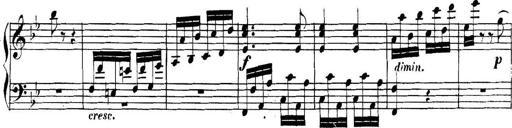
Title: Collected Piano Sonatas
Composer: Muzio Clementi